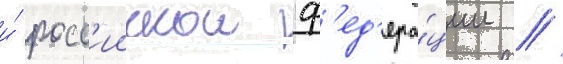
и́ росс'иискои ф'ед'ера́ции //